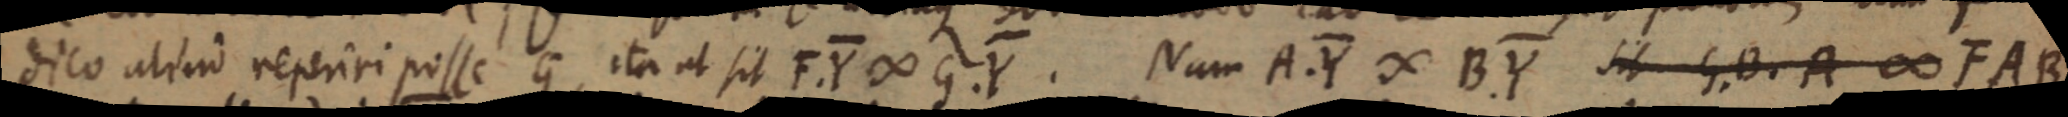
dico aliud reperiri posse G ita ut sit F.Y ∞ G.Y. Nam A.Y ∞ B.Y sit G. B. A ∞ F. A. B